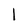
Character: 1